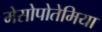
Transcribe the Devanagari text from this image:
मेसोपोतेमिया